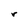
Character: r